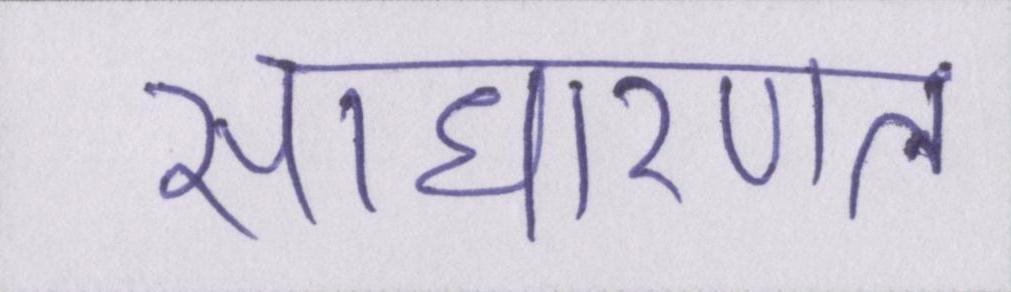
साधारणत